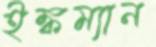
ইঙ্কম্যান